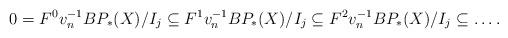
LaTeX: \begin{align*} 0 = F^0v_n^{-1}BP_*(X)/I_j \subseteq F^1v_n^{-1}BP_*(X)/I_j \subseteq F^2v_n^{-1}BP_*(X)/I_j \subseteq \dots .\end{align*}